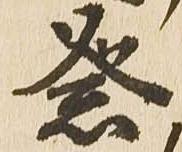
祭